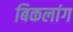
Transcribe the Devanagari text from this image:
बिकलांग